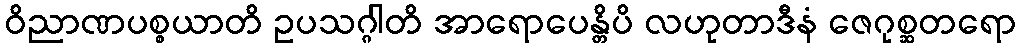
ဝိညာဏပစ္စယာတိ ဥပသဂ္ဂါတိ အာရောပေန္တိပိ လဟုတာဒီနံ ဇေဂုစ္ဆတရော